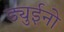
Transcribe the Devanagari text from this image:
ड्युईनो